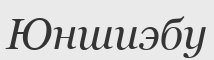
Юншиэбу